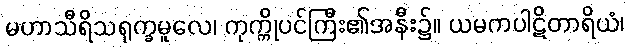
မဟာသီရိသရုက္ခမူလေ၊ ကုက္ကိုပင်ကြီး၏အနီး၌။ ယမကပါဋိတာရိယံ၊